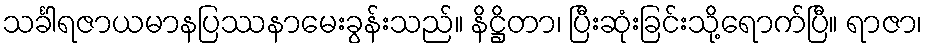
သင်္ခါရဇာယမာနပြဿနာမေးခွန်းသည်။ နိဋ္ဌိတာ၊ ပြီးဆုံးခြင်းသို့ရောက်ပြီ။ ရာဇာ၊